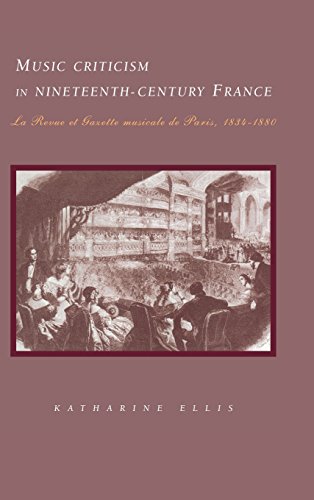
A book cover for Music Criticism in Nineteenth-Century France: La Revue et gazette musicale de Paris 1834-80; Katharine Ellis; Romance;